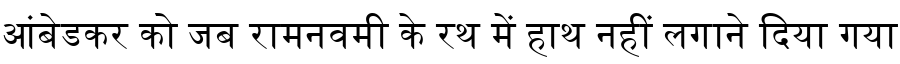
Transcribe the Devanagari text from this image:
आंबेडकर को जब रामनवमी के रथ में हाथ नहीं लगाने दिया गया